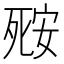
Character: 𬆘